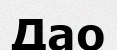
Дао